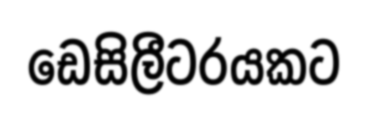
ඩෙසිලීටරයකට